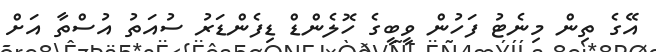
އޭގެ ތިން މިނެޓު ފަހުން ވީބީގެ ހޮލެންޑް ޑިފެންޑަރު ސުއަތު އުސްތާ އަށް